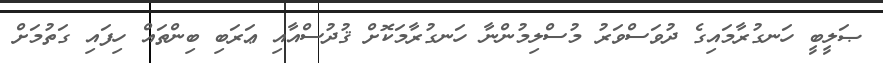
ޞަލީބީ ހަނގުރާމައިގެ ދުވަސްވަރު މުސްލިމުންނާ ހަނގުރާމަކޮށް ޤުދުސްއާއި ޢަރަބި ބިންތައް ހިފައި ގަތުމަށް